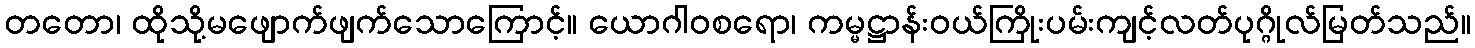
တတော၊ ထိုသို့မဖျောက်ဖျက်သောကြောင့်။ ယောဂါဝစရော၊ ကမ္မဋ္ဌာန်းဝယ်ကြိုးပမ်းကျင့်လတ်ပုဂ္ဂိုလ်မြတ်သည်။